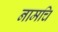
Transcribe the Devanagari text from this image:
नामचि